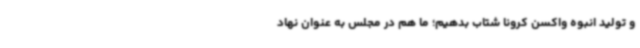
و تولید انبوه واکسن کرونا شتاب بدهیم؛ ما هم در مجلس به عنوان نهاد